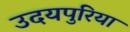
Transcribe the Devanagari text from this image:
उदयपुरिया